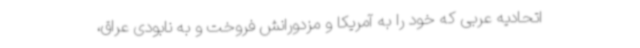
اتحادیه عربی که خود را به آمریکا و مزدورانش فروخت و به نابودی عراق،